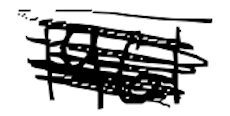
Text: 1961
Cross-out: mix
Writing tool: digital_black